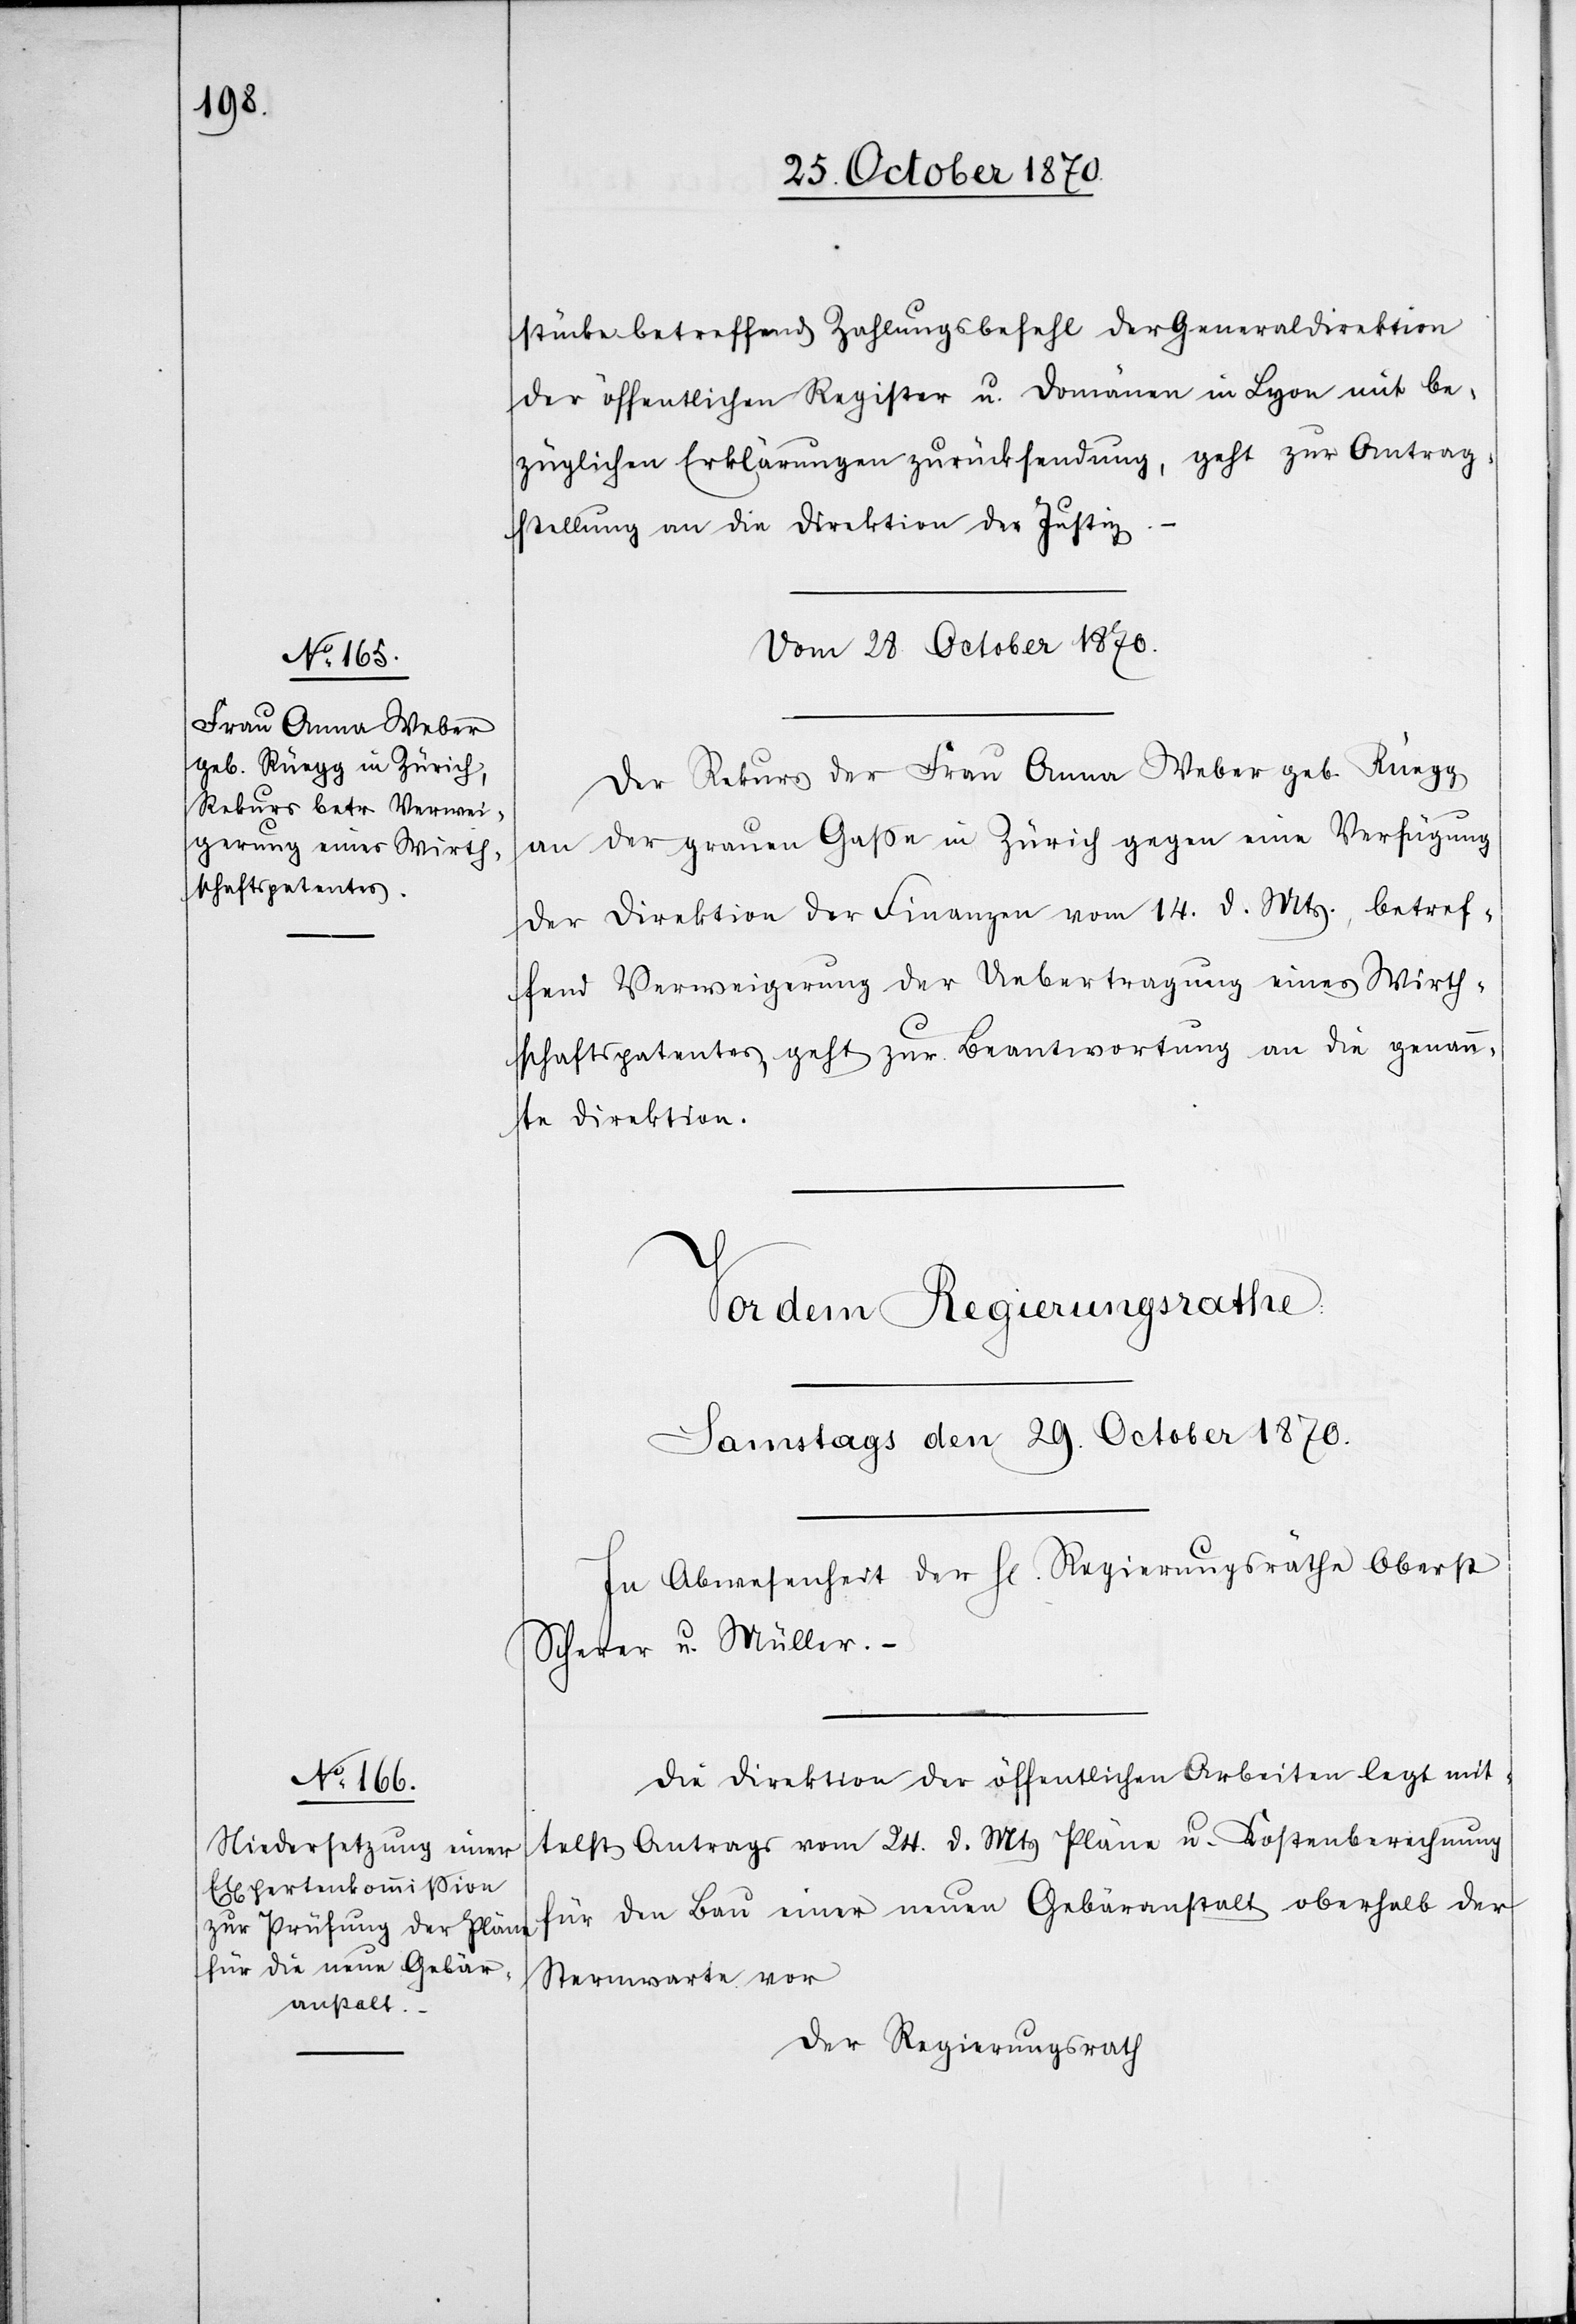
Antrag¬

stücke betreffend Zahlungsbefehl der Generaldirektion
der öffentlichen Register u. Domänen in Lyon mit be¬
züglichen Erklärungen zurücksendung [recte: zurücksenden],
stellung an die Direktion der Justiz.
Vom 28. October 1870.
Der Rekurs der Frau Anna Weber geb. Rüegg
an der grauen Gaße in Zürich gegen eine Verfügung
der Direktion der Finanzen vom 14. d. Mts., betref¬
fend Verweigerung der Uebertragung eines Wirth¬
schaftspatentes geht zur Beantwortung an die genann¬
te Direktion.
Die Direktion der öffentlichen Arbeiten legt mit¬
telst Antrags vom 24. d. Mts. Pläne u. Kostenberechnung
für den Bau einer neuen Gebäranstalt oberhalb der
Sternwarte vor.
Der Regierungsrath